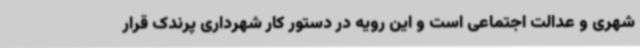
شهری و عدالت اجتماعی است و این رویه در دستور کار شهرداری پرندک قرار